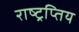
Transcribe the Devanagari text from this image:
राष्ट्रप्तिय